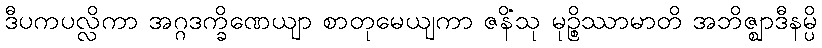
ဒီပကပလ္လိကာ အဂ္ဂဒက္ခိဏေယျာ စာတုမေယျကာ ဇနိံသု မုဉ္စိဿာမာတိ အဘိဇ္ဈာဒီနမ္ပိ